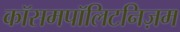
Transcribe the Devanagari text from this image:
कॉसमपॉलिटनिज़म